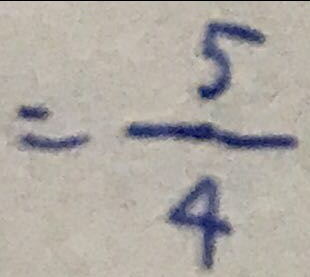
= \frac { 5 } { 4 }